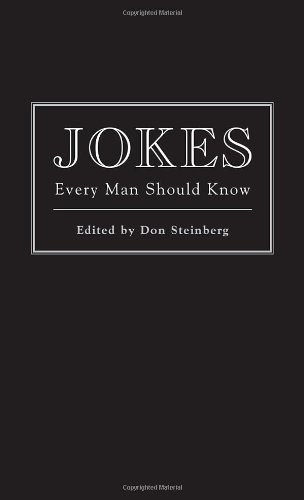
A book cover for Jokes Every Man Should Know (Pocket Companions); Humor & Entertainment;